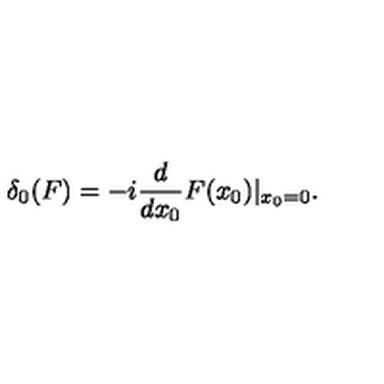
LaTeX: \delta _ { 0 } ( F ) = - i { \frac { d } { d x _ { 0 } } } F ( x _ { 0 } ) \vert _ { x _ { 0 } = 0 } .